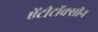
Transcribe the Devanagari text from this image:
ऐंटीटॉक्सीन